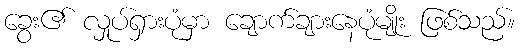
ခွေး၏ လှုပ်ရှားပုံမှာ ချောက်ချားနေပုံမျိုး ဖြစ်သည်။